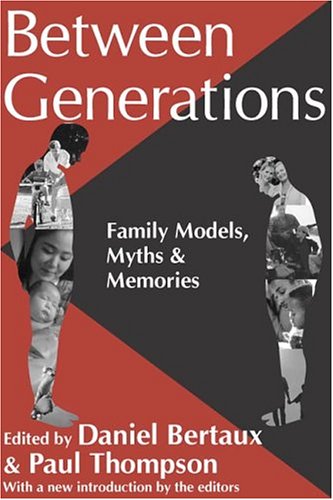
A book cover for Between Generations: Family Models, Myths, and Memories (Memory and Narrative); Parenting & Relationships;